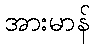
အားမာန်